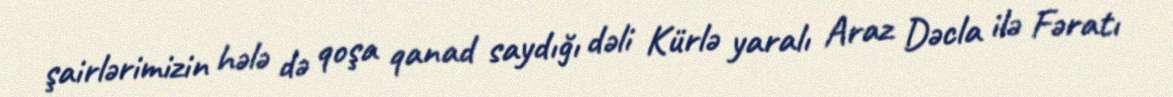
şairlərimizin hələ də qoşa qanad saydığı dəli Kürlə yaralı Araz Dəcla ilə Fəratı